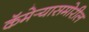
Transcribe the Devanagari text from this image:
कॅमेर्‍यासमोरील